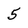
Character: 5